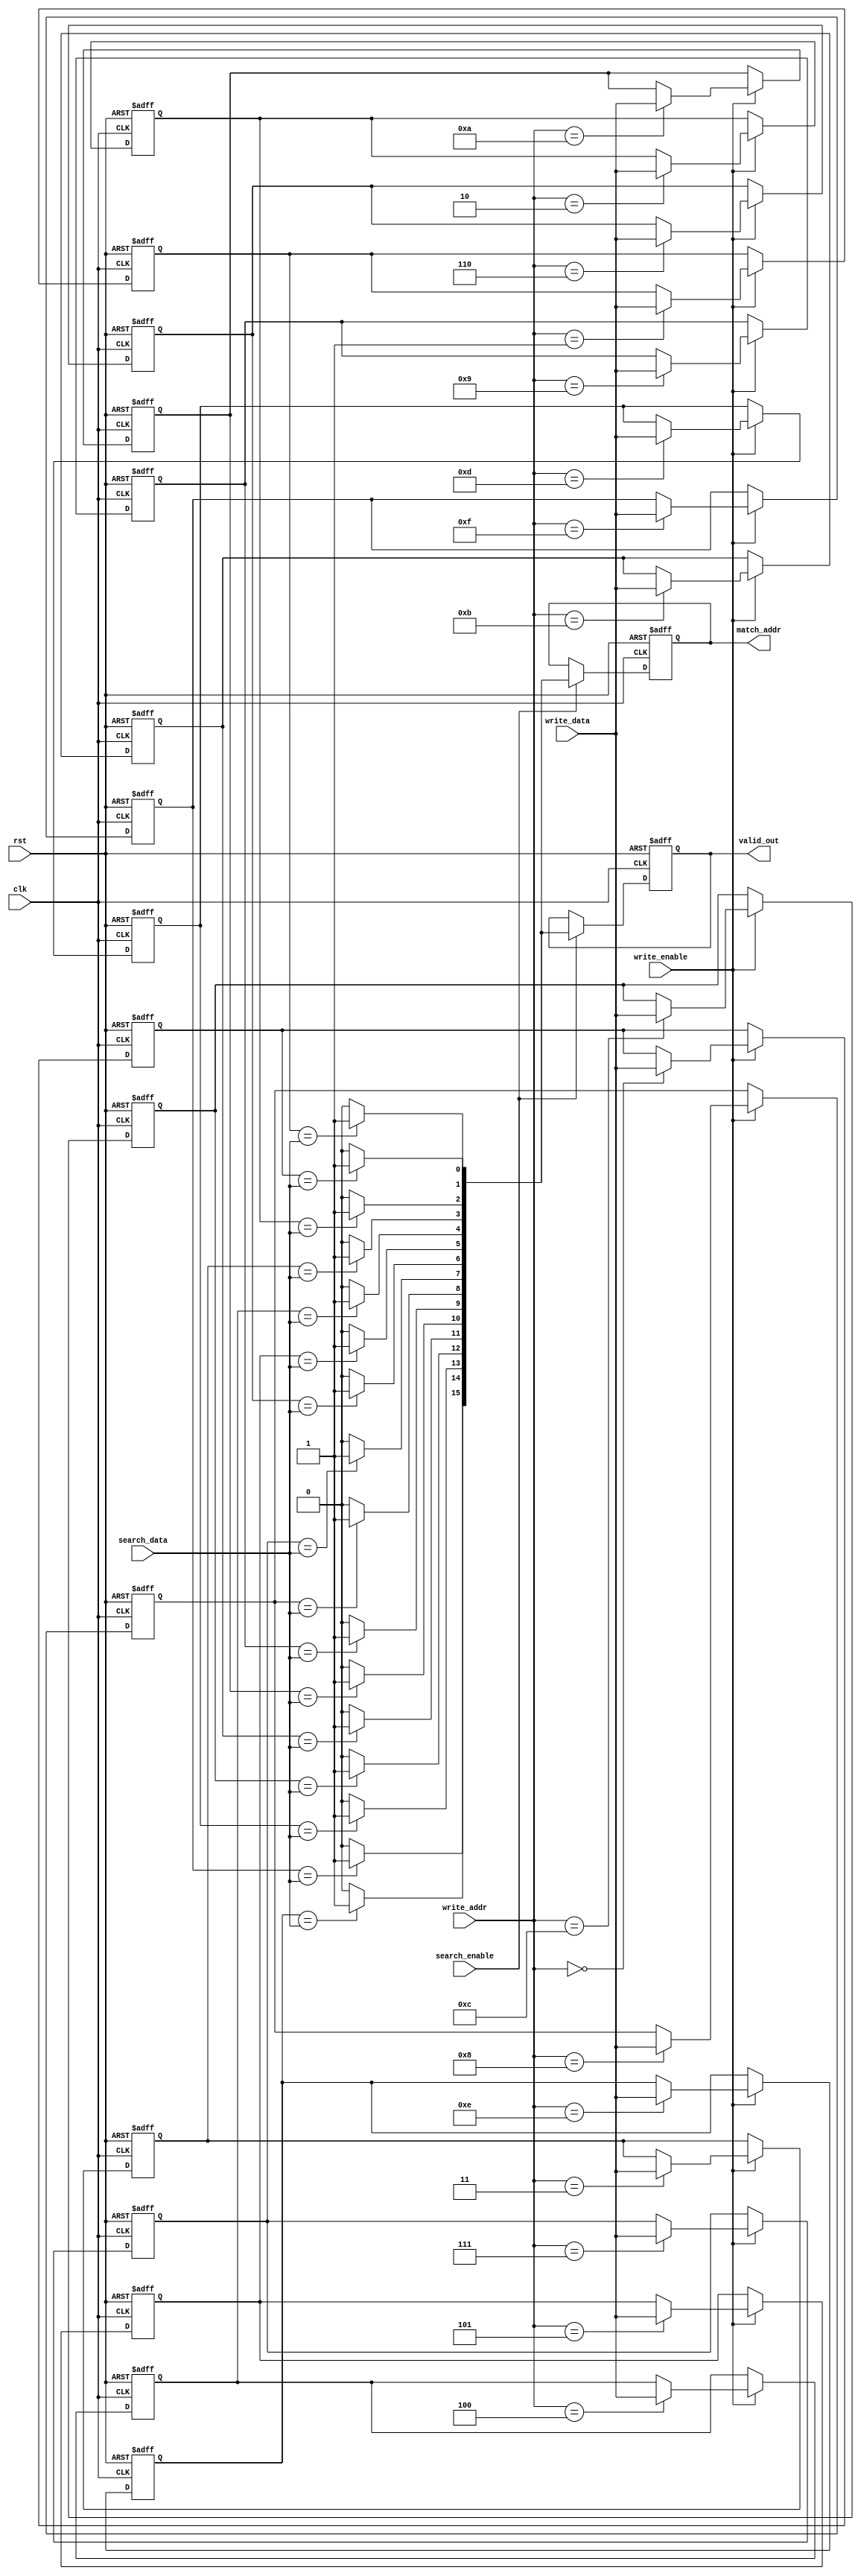
module MultiMatchCAM #(
    parameter DATA_WIDTH = 8,  // Width of each data entry
    parameter DEPTH = 16        // Number of entries in the CAM
)(
    input wire clk,
    input wire rst,
    input wire [DATA_WIDTH-1:0] write_data,
    input wire [3:0] write_addr,
    input wire write_enable,
    input wire [DATA_WIDTH-1:0] search_data,
    input wire search_enable,
    output reg [DEPTH-1:0] match_addr,
    output reg [DEPTH-1:0] valid_out
);

    // Storage array for CAM
    reg [DATA_WIDTH-1:0] cam_array [0:DEPTH-1];

    // Internal signals
    reg [DEPTH-1:0] match_temp;
    integer i;

    // Write operation
    always @(posedge clk or posedge rst) begin
        if (rst) begin
            // Reset CAM entries
            for (i = 0; i < DEPTH; i = i + 1) begin
                cam_array[i] <= {DATA_WIDTH{1'b0}};
            end
        end else if (write_enable) begin
            cam_array[write_addr] <= write_data;
        end
    end

    // Search operation
    always @(posedge clk or posedge rst) begin
        if (rst) begin
            match_addr <= {DEPTH{1'b0}};
            valid_out <= {DEPTH{1'b0}};
        end else if (search_enable) begin
            match_temp = {DEPTH{1'b0}};
            valid_out = {DEPTH{1'b0}};
            for (i = 0; i < DEPTH; i = i + 1) begin
                if (cam_array[i] == search_data) begin
                    match_temp[i] = 1'b1; // Mark this entry as a match
                end
            end
            match_addr <= match_temp; // Output all matching addresses
            valid_out <= match_temp;   // Output valid signals for matches
        end
    end

endmodule